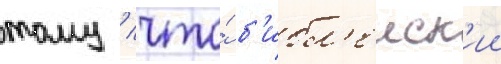
тому / что́ б'ибл'еиск'ии